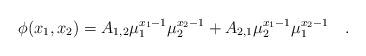
LaTeX: \begin{align*}\phi(x_{1},x_{2})=A_{1,2}\mu_{1}^{x_{1}-1}\mu_{2}^{x_{2}-1}+A_{2,1}\mu_{2}^{x_{1}-1}\mu_{1}^{x_{2}-1}\quad .\end{align*}